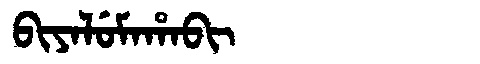
Manchu: ᠪᡳᠶᠠᠯᡠᠮᠠᡥᠠᠪᡳ
Romanization: BIYALUMAHABI